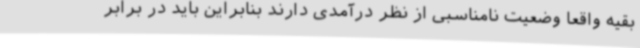
بقیه واقعاً وضعیت نامناسبی از نظر درآمدی دارند بنابراین باید در برابر